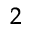
_ 2